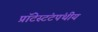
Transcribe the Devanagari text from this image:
प्रॉटेस्टंटपंथीय